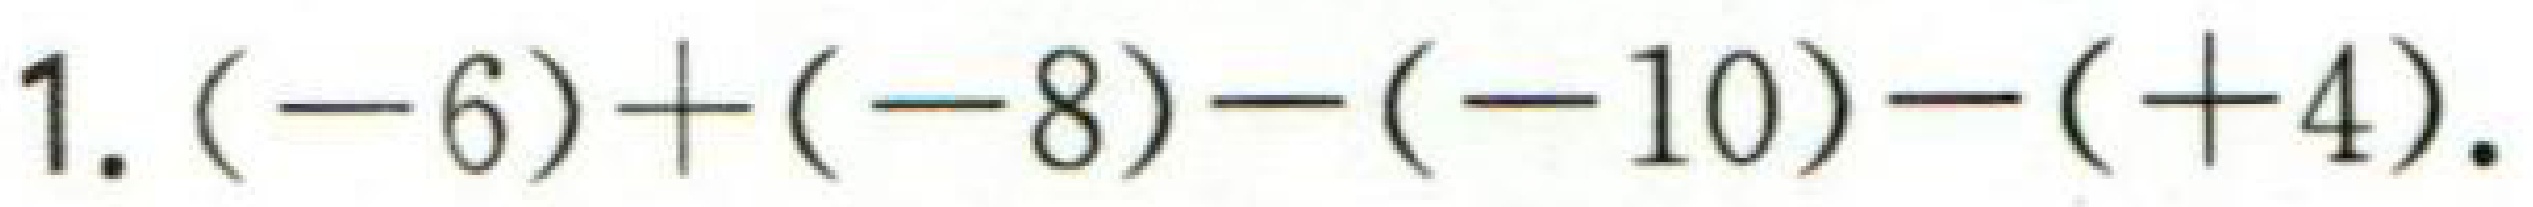
$1.(-6)+(-8)-(-10)-(+4).$